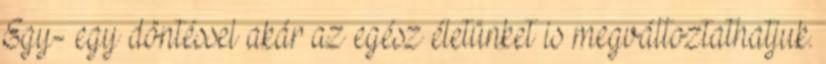
Egy- egy döntéssel akár az egész életünket is megváltoztathatjuk.